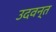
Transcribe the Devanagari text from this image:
उदवन्त